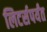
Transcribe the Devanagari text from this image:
लिटर्सपर्यंत